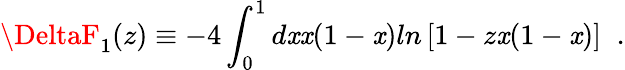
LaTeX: \DeltaF_{1}(z)\equiv-4\int_{0}^{1}d\mathit{x}\mathit{x}(1-\mathit{x})ln\left[1-z\mathit{x}(1-\mathit{x})\right]\; \; .